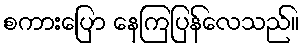
စကားပြော နေကြပြန်လေသည်။